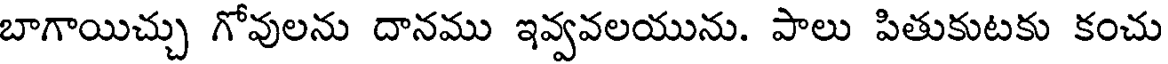
బాగాయిచ్చు గోవులను దానము ఇవ్వవలయును. పాలు పితుకుటకు కంచు